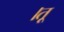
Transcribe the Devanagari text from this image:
।तू